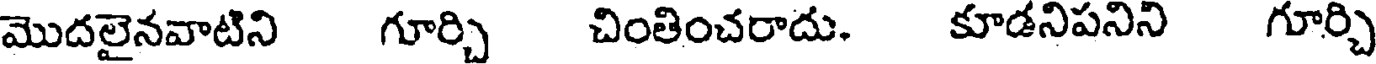
మొదలైనవాటిని గూర్చి చింతించరాదు. కూడనిపనిని గూర్చి